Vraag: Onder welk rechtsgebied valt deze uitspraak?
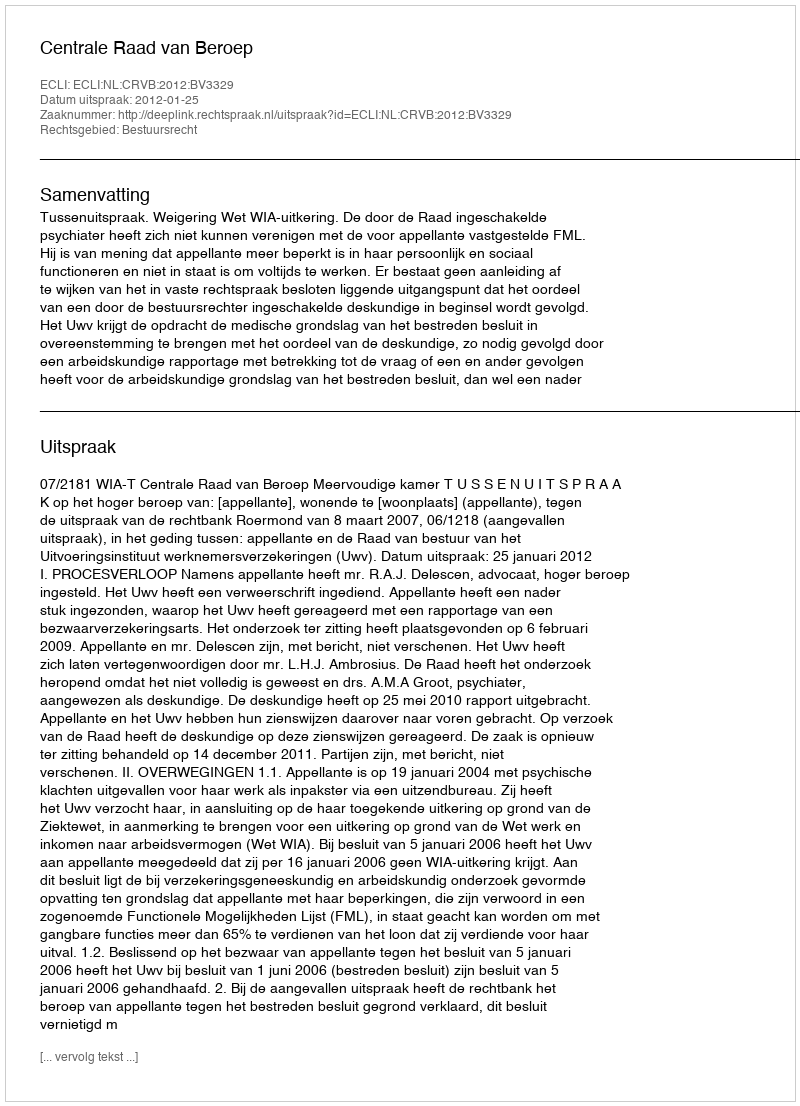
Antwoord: Bestuursrecht